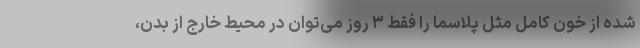
شده از خون کامل مثل پلاسما را فقط ۳ روز می‌توان در محیط خارج از بدن،